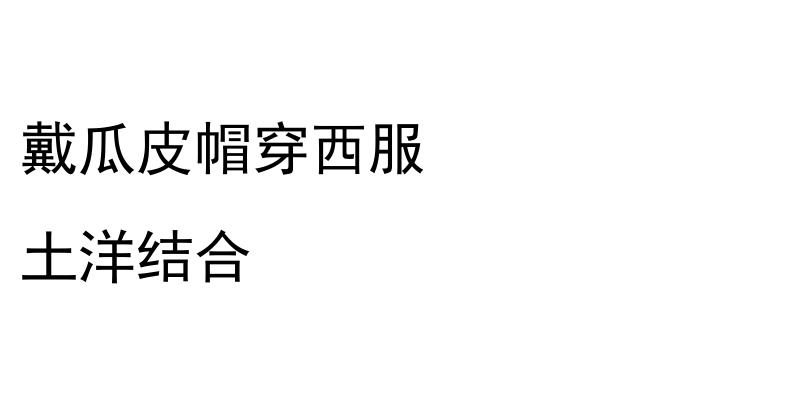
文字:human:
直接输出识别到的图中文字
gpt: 戴瓜皮帽穿西服 土洋结合